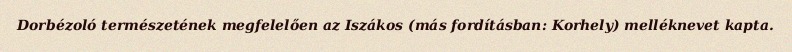
Dorbézoló természetének megfelelően az Iszákos (más fordításban: Korhely) melléknevet kapta.